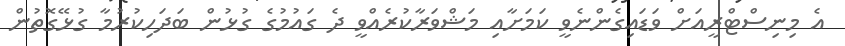
އެ މިނިސްޓްރީއަށް ވަޑައިގެންނެވީ ކަމަށާއި މަޝްވަރާކުރެއްވީ ދެ ގައުމުގެ ގުޅުން ބަދަހިކުރުމާ ގުޅޭގޮތުން